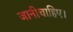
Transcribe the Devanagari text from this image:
जानीचाहिए।